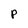
Character: p